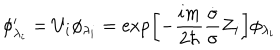
\phi _ { \lambda _ { i } } ^ { \prime } = U _ { i } \phi _ { \lambda _ { i } } = \exp \left[ - \frac { i m } { 2 \hbar } \frac { \dot { \sigma } } { \sigma } Z _ { i } \right] \phi _ { \lambda _ { i } }